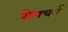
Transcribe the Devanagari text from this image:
रोमचर्म